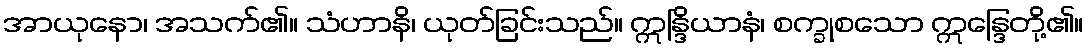
အာယုနော၊ အသက်၏။ သံဟာနိ၊ ယုတ်ခြင်းသည်။ ဣန္ဒြိယာနံ၊ စက္ခုစသော ဣန္ဒြေတို့၏။